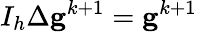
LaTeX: I_{h}\Delta\mathbf{g}^{k+1}=\mathbf{g}^{k+1}